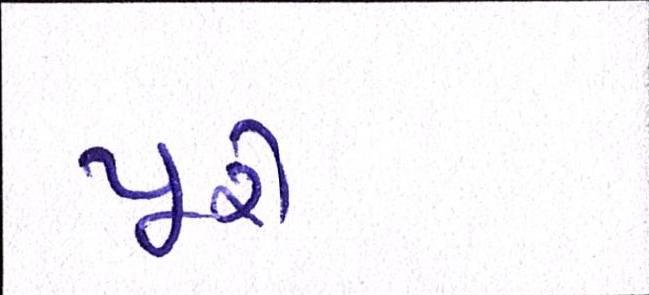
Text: પૂરી